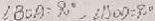
\angle B O A = 9 0 ^ { \circ } , \angle A O D = 9 0 ^ { \circ }